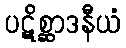
ပဋိစ္ဆာဒနီယံ